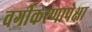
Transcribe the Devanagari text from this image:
वर्गीकरणापेक्षा